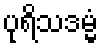
ပုရိသဒမ္မံ